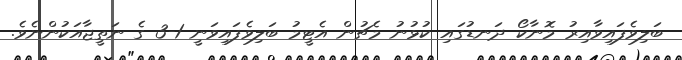
ބަލިވެފައިވާއިރު މޮނާކޯ ދަނޑުގައި ކުޅުނު މެޗުން އެޓީމު ބަލިވެފައިވަނީ 1-3 ގެ ނަތީޖާއަކުންނެވެ.